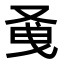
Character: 𭆭